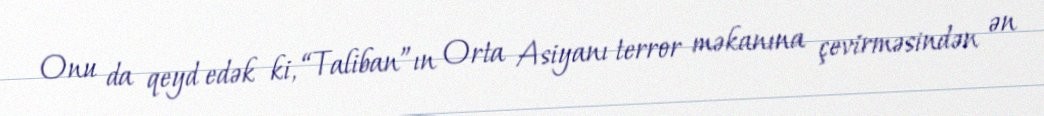
Onu da qeyd edək ki, “Taliban”ın Orta Asiyanı terror məkanına çevirməsindən ən